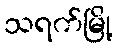
သရက်မြို့